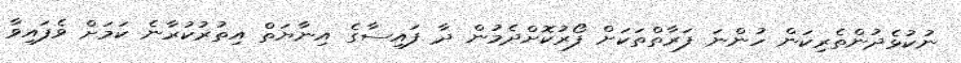
ނުކުޅެދުންތެރިކަން ހުންނަ ފަރާތްތަކަށް ފޯރުކޮށްދެމުން ދާ ފައިސާގެ އިނާޔަތް އިތުރުކުރާނެ ކަމަށް ވެފައިވާ